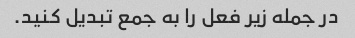
در جمله زیر فعل را به جمع تبدیل کنید.